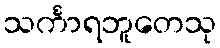
သင်္ကာရဘူတေသု